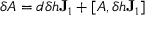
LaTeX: \delta A = d \delta h \mathbf { J } _ { 1 } + \left[ A , \delta h \mathbf { J } _ { 1 } \right]